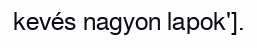
kevés nagyon lapok'].